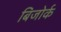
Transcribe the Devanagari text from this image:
बिजोर्क